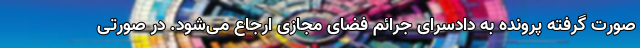
صورت گرفته پرونده به دادسرای جرائم فضای مجازی ارجاع می‌شود. در صورتی